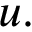
u .